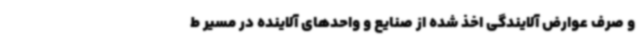
و صرف عوارض آلایندگی اخذ شده از صنایع و واحدهای آلاینده در مسیر ط